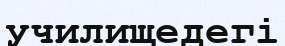
училищедегі